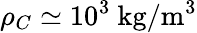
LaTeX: \rho_{C}\simeq 10^{3}~\mathrm{kg/m^{3}}